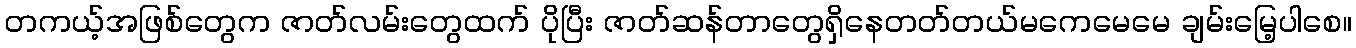
တကယ့်အဖြစ်တွေက ဇာတ်လမ်းတွေထက် ပိုပြီး ဇာတ်ဆန်တာတွေရှိနေတတ်တယ်မကေမေမေ ချမ်းမြေ့ပါစေ။